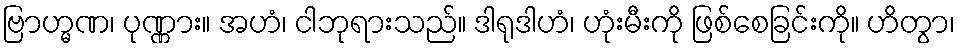
ဗြာဟ္မဏ၊ ပုဏ္ဏား။ အဟံ၊ ငါဘုရားသည်။ ဒါရုဒါဟံ၊ ဟုံးမီးကို ဖြစ်စေခြင်းကို။ ဟိတွာ၊